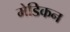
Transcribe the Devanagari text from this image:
मेडिकन